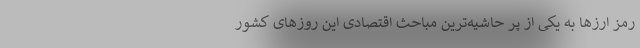
رمز ارز‌ها به یکی از پر حاشیه‌ترین مباحث اقتصادی این روز‌های کشور